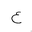
Letter: _ayn